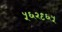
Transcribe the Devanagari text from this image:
५६२९६५